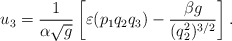
\begin{align*}u_3=\frac{1}{\alpha\sqrt{g}}\left[\varepsilon(p_1q_2q_3)-\frac{\beta g}{(q_2^2)^{3/2}}\right].\end{align*}